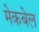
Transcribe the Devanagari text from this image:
मेकबेल